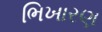
ભિખારણ